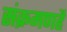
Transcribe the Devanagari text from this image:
संक्रमणहै